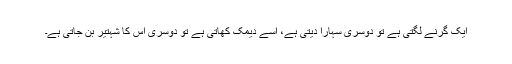
ایک گرنے لگتی ہے تو دوسری سہارا دیتی ہے، اِسے دیمک کھاتی ہے تو دوسری اس کا شہتیر بن جاتی ہے۔